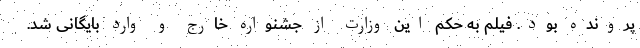
پرونده بود. فیلم به حکم این وزارت از جشنواره خارج و وارد بایگانی شد.